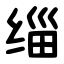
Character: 缁